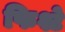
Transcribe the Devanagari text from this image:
फिश्टे